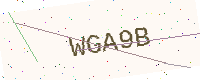
Text: WGA9B